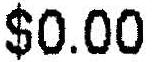
$0.00